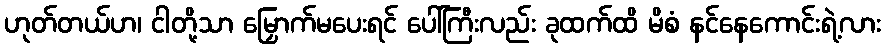
ဟုတ်တယ်ဟ၊ ငါတို့သာ မြှောက်မပေးရင် ပေါ်ကြီးလည်း ခုထက်ထိ မိစံ နင်နေကောင်းရဲ့လား